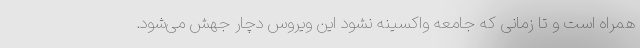
همراه است و تا زمانی که جامعه واکسینه نشود این ویروس دچار جهش می‌شود.